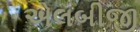
એલબીજી